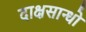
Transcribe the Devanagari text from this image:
दाक्षसान्धो